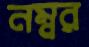
নম্বর